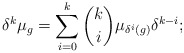
\begin{align*}\delta^k \mu_g=\sum_{i=0}^k \binom{k}{i}\mu_{\delta^i(g)}\delta^{k-i};\end{align*}